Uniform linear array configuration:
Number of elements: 12
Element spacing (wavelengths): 1
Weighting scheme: hann
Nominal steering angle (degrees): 0
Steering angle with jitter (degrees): -1.341
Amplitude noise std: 0.05
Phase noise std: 0.05

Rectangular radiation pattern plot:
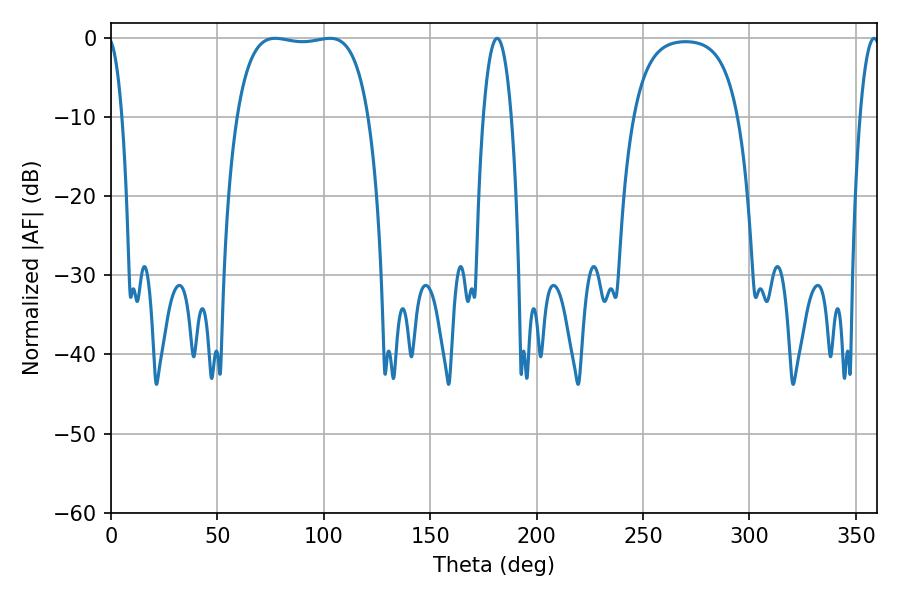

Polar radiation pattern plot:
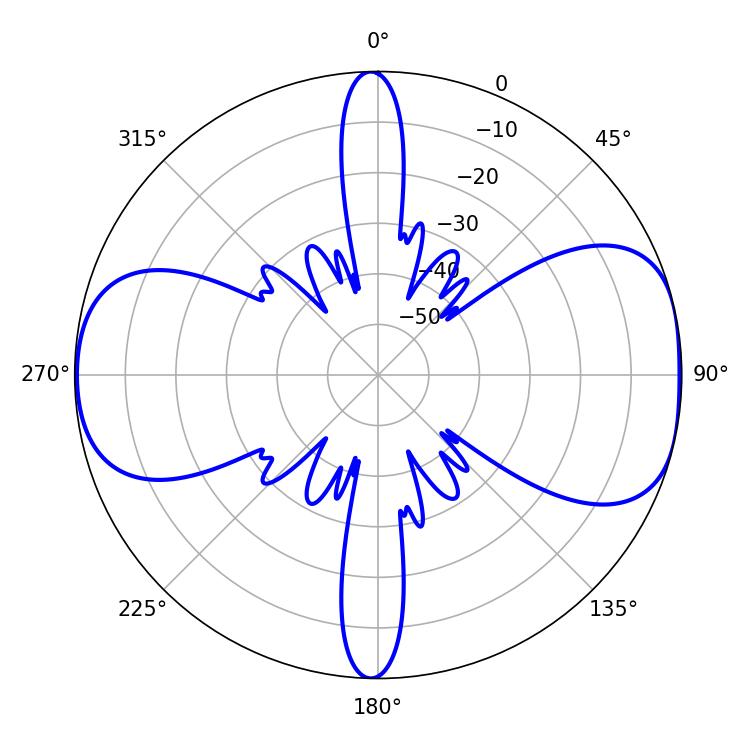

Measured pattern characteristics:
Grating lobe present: TRUE
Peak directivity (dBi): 8.576
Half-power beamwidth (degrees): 7.2
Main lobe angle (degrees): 181.44